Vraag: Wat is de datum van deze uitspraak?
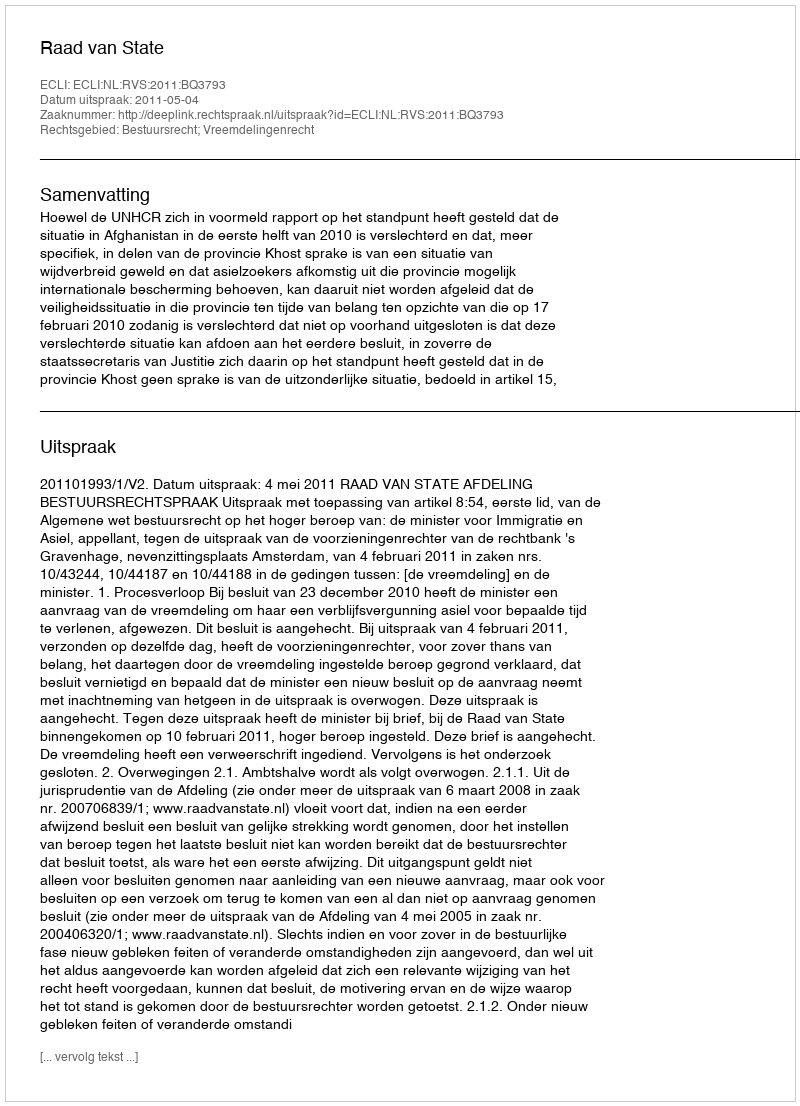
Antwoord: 2011-05-04